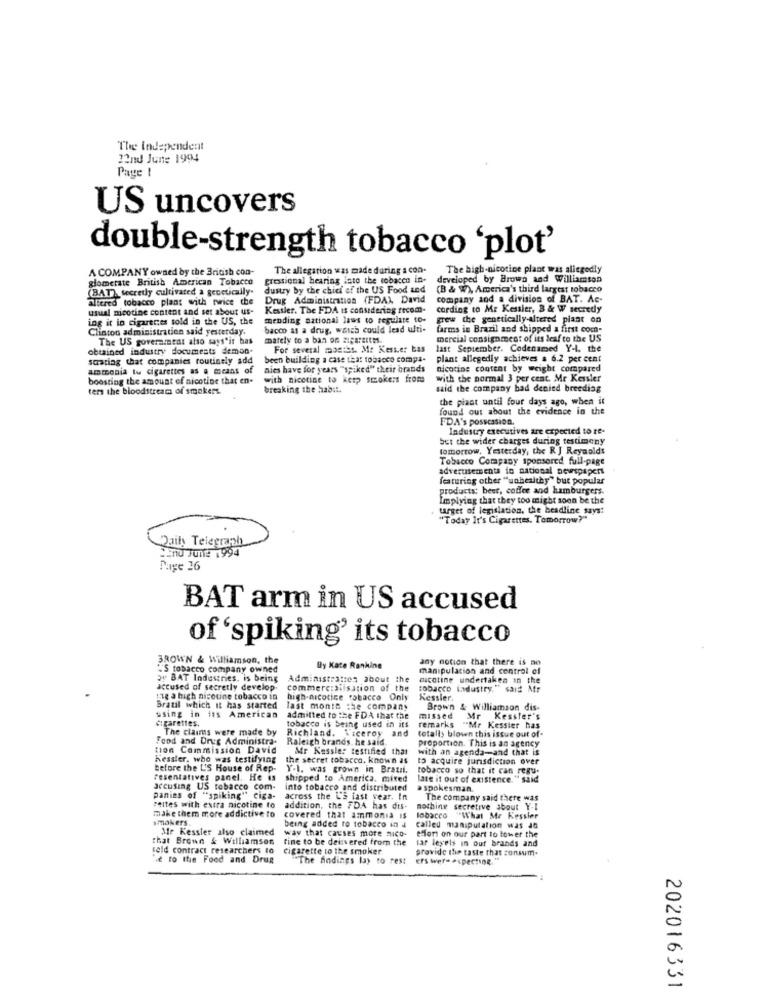
The independent
22nd June 1994
Page !
US uncovers
double-strength tobacco 'plot'
A COMPANY owned by the British con-
The allegation was made during a con-
The high-nicotine plant was allegedly
glomerate British American Tobacco
grestional hearing lato the tobacco in-
developed by Brown and Williamson
(BAT), secretly cultivated a genetically-
dustry by the chief of the US Food and
(B & W), America's third largest tobacco
altered tobacco plant with twice the
Drug Administration (FDA), David
company and a division of BAT. Ac-
usual nicotine content and set about us-
Kessler. The FDA is considering frcom-
cording to Me Kessler, B & W secretly
ing it io cigarenes sold in the US, the
mending aztional laws to regulate to-
grew the genetically-altered plant on
Clinton administration said yesterday.
bacco as a drug, wasch could lead ulti-
farms in Brazil and shipped a first com-
The US government also says"ir bas
mately to a ban on siparertms.
mercial consignment of its leaf to the US
obtained industry documents demon-
For several months. Me Kess.er bas
last September. Codenamed Y-L, the
stating that companies routinely add
been building a case that tobacco compa-
plant allegedly achieves s 6.2 per cent
ammonia tu cigarettes as a means of
aies have for years "spiked" their brands
nicotine content by weight compared
boosting the amount of nicotine that en-
with nicotine to keep smokers from
with the normal 3 per cent. Mr Kessler
ters the bloodstream of smokers.
breaking the habit.
said the company bad denied breeding
the plant until four days ago, when it
found out about the evidence in the
FDA's possession.
Industry executives are expected to re-
but the wider charges during testimony
tomorrow, Yesterday, the R.J Reynolds
Tobacco Company sponsored full-page
advertisements in national newspapers
featuring other "unhealthy" but popular
products: beer, coffee and hamburgers.
Implying that they too might soon be the
target of legislation, the headline says:
"Today It's Cigarettes. Tomorrow?"
Daily Telegraph
En0 June 1994
Page 26
BAT arm in US accused
of 'spiking' its tobacco
BROWN & Williamson, the
any notion that there is no
"S tobacco company owned
By Kate Ranking
manipulation and control of
ay BAT Industries, is being
Administraties about the
nicotine undertaken in the
accused of secretly develop.
commercialisation of the
tobacco industry," said Mr
Lie a high nicotine tobacco in
high-nicotine tobacco Only
Kessler.
Brazil which it has started
last month the company
Brown & Williamson dis-
using in its American
cigarettes.
admitted to the FDA that the
remarks
missed
Mr Kessler's
The claims were made by
Richland. Viceroy and
tobacco is being used in its
totally blown this issue out of-
"Mr Kessler has
Food and Drug Administra.
Raleigh brands. he said.
proportion. This is an agency
tion Commission David
Mr Kessler testified that
with an agenda-and that is
Kessler, who was testifying
the secret tobacco. known as
to acquire jurisdiction over
before the U'S House of Rep-
Y-1, was grown in Brazil.
tobacco so that it can regu-
resentatives panel. He is
shipped to America. mited
late it out of existence." said
accusing US tobacco com-
into tobacco and distributed
a spokesman.
panies of "spiking" ciga-
across the L'a last year. In
The company said there was
make them more addictive to
Fettes with extra nicotine to
addition, the FDA has dis-
nothing secretive about Y-I
smokers
covered that ammonia is
lobacco "What Me Kessler
Mr Kessler also claimed
being added to tobacco in i
way that causes more mico-
called manipulation was JG
that Broun & Williamson
fine to be dei:vered from the
effort on our part to lower the
tar leyeis in our brands and
leld contract researchers to
cigarette to the smoker
provide the taste that consum.
Me to the Food and Drug
"The findings lay to rest
ers wer= ><pecting."
202016331